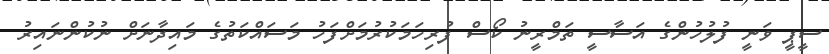
ސީޕީ ވަނީ ފުލުހުންގެ އަސާސީ ތަމްރީނު ކޯސް ފުރިހަމަކުރުމަށްފަހު މަސައްކަތުގެ މައިދާނަށް ނުކުންނައިރު